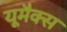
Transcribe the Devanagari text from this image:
यूमैक्स